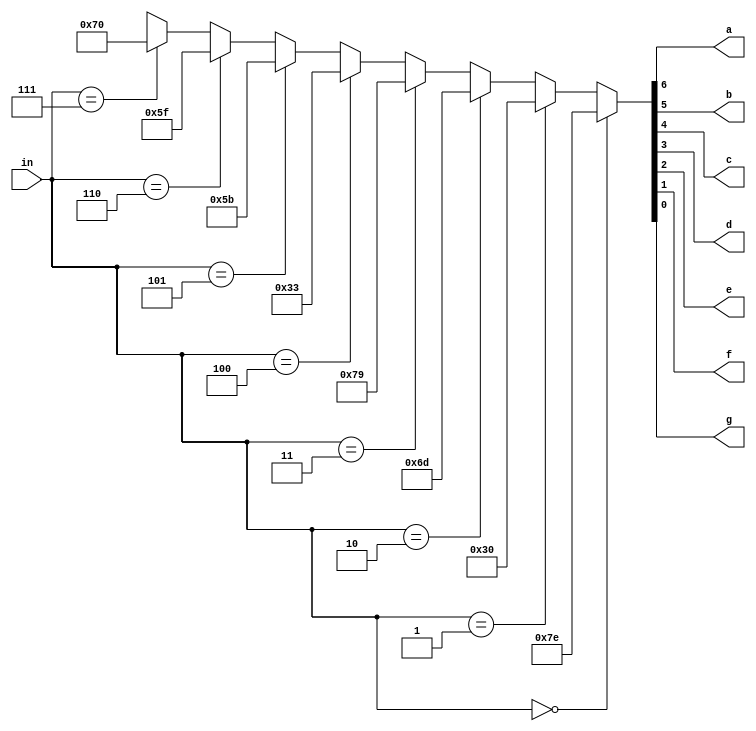
module seg7(
	input [3:0] in,
	output a,
	output b,
	output c,
	output d,
	output e,
	output f,
	output g
	);
	
	assign {a,b,c,d,e,f,g} =
		(in == 4'd0) ? 7'b1111110 :
		(in == 4'd1) ? 7'b0110000 :
		(in == 4'd2) ? 7'b1101101 :
		(in == 4'd3) ? 7'b1111001 :
		(in == 4'd4) ? 7'b0110011 :
		(in == 4'd5) ? 7'b1011011 :
		(in == 4'd6) ? 7'b1011111 :
		(in == 4'd7) ? 7'b1110000 :
		7'bx;
	
endmodule